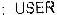
: USER